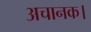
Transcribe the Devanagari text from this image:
अचानक।